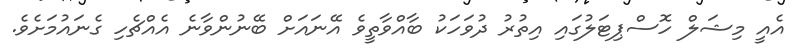
އެއީ މިޝަލް ހޮސްޕިޓަލުގައި އިތުރު ދުވަހަކު ބާއްވާތީވެ އޭނައަށް ބޭނުންވާނެ އެއްޗެހި ގެނައުމަށެވެ.